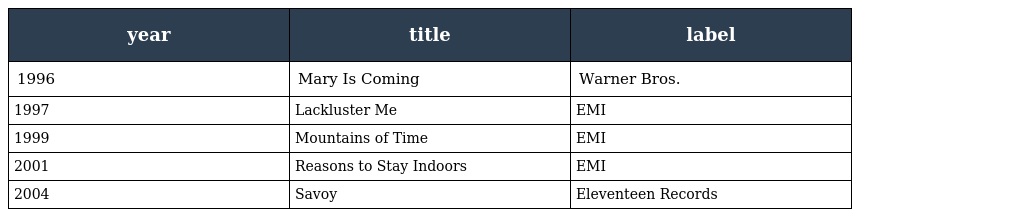
| year | title | label |
 | --- | --- | --- |
 | 1996 | Mary Is Coming | Warner Bros. |
 | 1997 | Lackluster Me | EMI |
 | 1999 | Mountains of Time | EMI |
 | 2001 | Reasons to Stay Indoors | EMI |
 | 2004 | Savoy | Eleventeen Records |